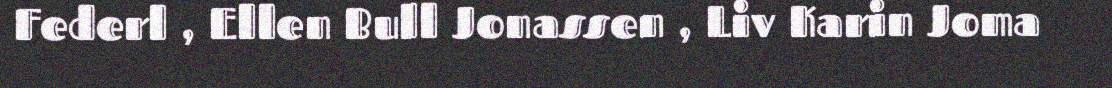
Federl , Ellen Bull Jonassen , Liv Karin Joma